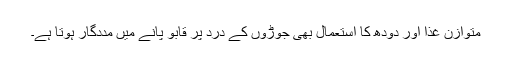
متوازن غذا اور دودھ کا استعمال بھی جوڑوں کے درد پر قابو پانے میں مددگار ہوتا ہے۔